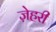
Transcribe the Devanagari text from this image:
ज़ेहरी